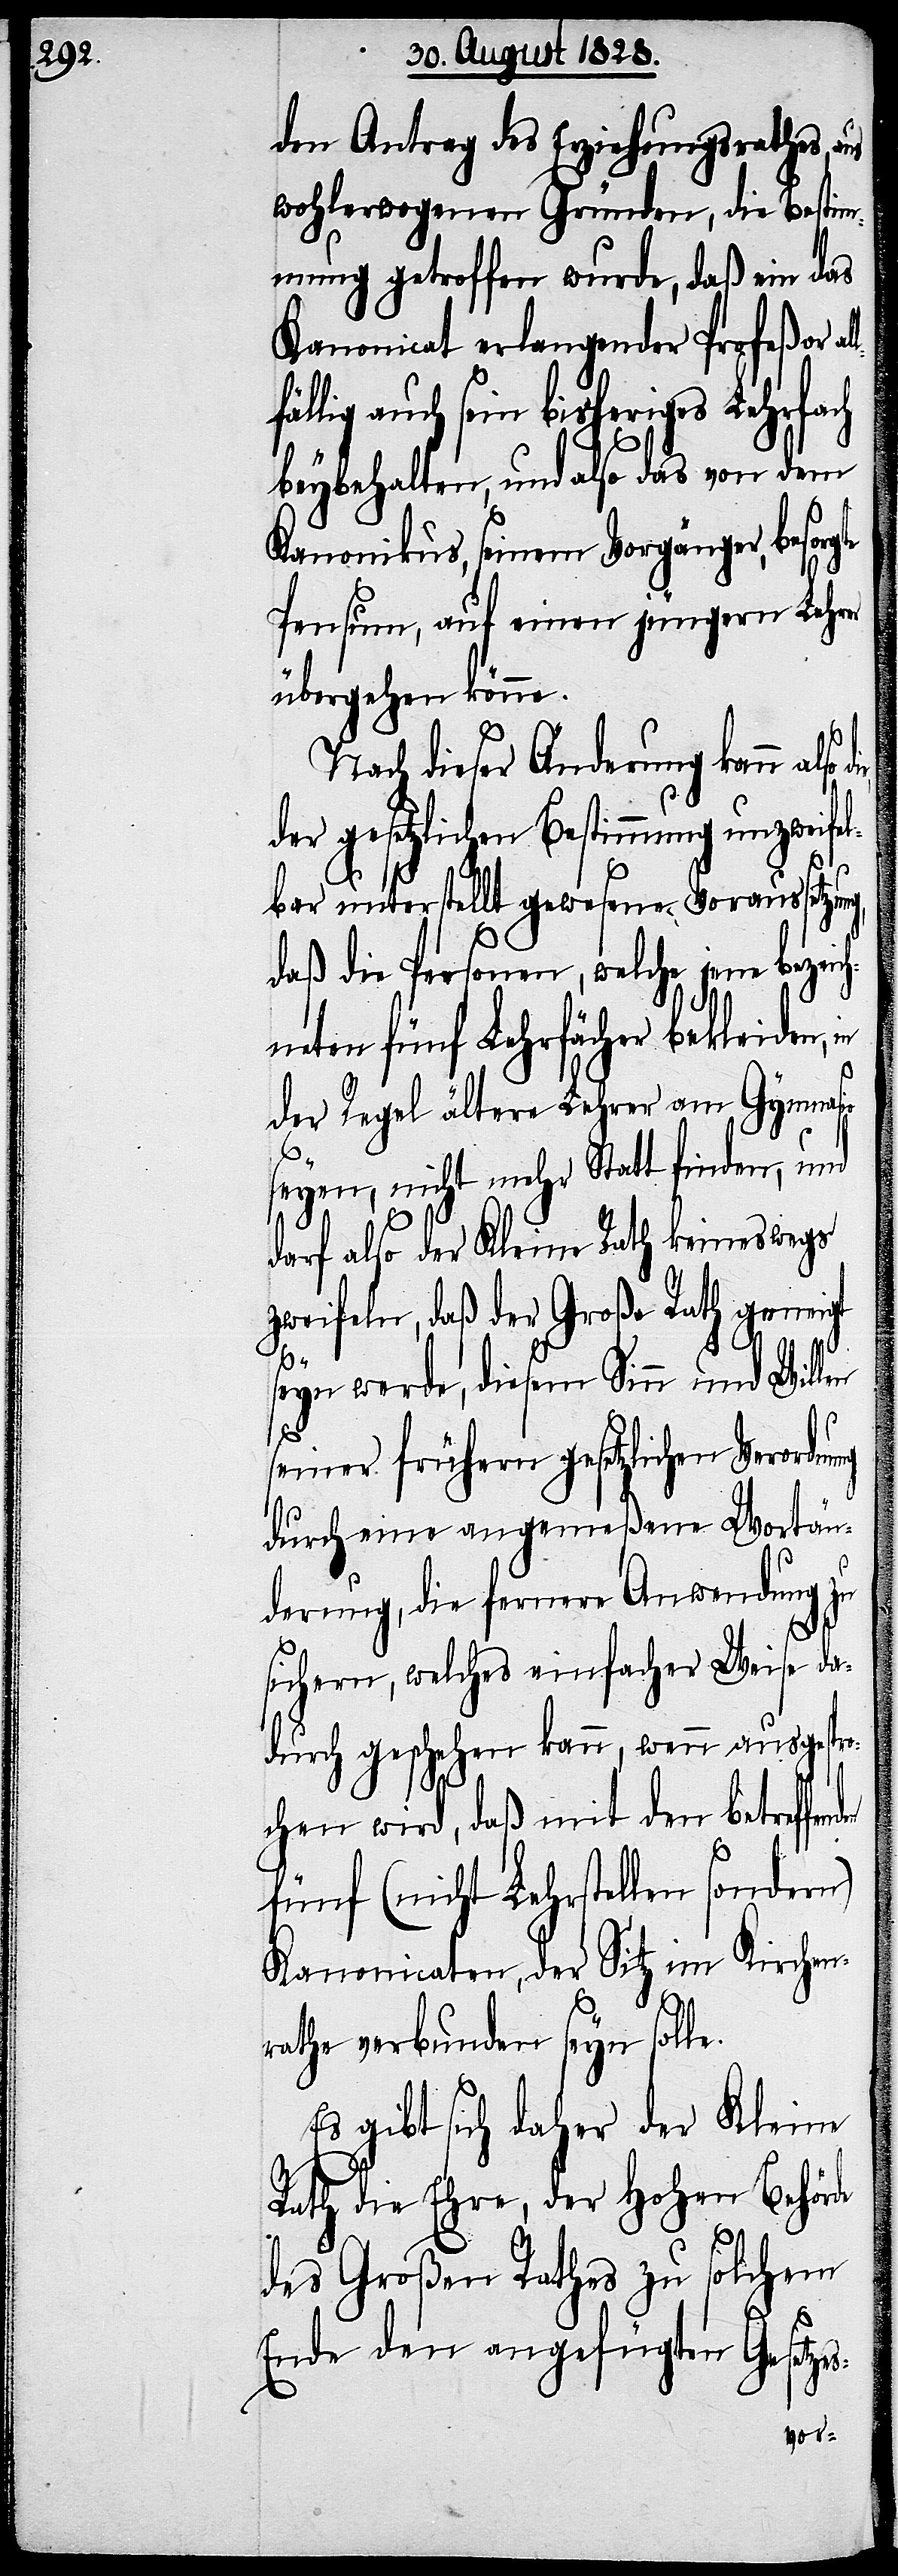
den Antrag des Erziehungsrathes, aus
wohlerwogenen Gründen, die Bestim¬
mung getroffen wurde, daß ein das
Kanonicat erlangender Profeßor al¬
lig auch sein bisheriges Lehrfach
beybehalten, und also das von dem
Kanonikus, seinem Vorgänger, besorg¬
Pensum, auf einen jüngern Lehrer
übergehen könne.
Nach dieser Änderung kann also
der gesetzlichen Bestimmung unzweifel¬
ung
bar unterstellt gewesene Voraussetzun¬
daß die Personen, welch jene bezeic¬
hneten fünf Lehrfächer bekleiden, in
der Regel ältere Lehrer am Gymnasio
seyen, nicht mehr Statt finden, und
darf also der Kleine Rath keineswegs
zweifeln, daß der Große Rath geneigt
seyn werde, diesem Sinn und Willen
seiner frühern gesetzlichen Verordn¬
durch eine angemeßene Wortän¬
derung, die fernere Anwendung
sichern, welches einfacher Weise da¬
durch geschehen kann, wenn ausg¬
es-
chen wird, daß mit den
fünf (nicht Lehrstellen sondern)
Kanonicaten, der Sitz im Kirchen¬
rathe verbunden seyn solle.
Es gibt sich daher der Kleine
Rath die Ehre, der Hohen Behörde
des Großen Rathes zu solchem
Ende den angefügten Gesetz¬